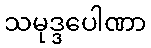
သမုဒ္ဒပေါဏာ